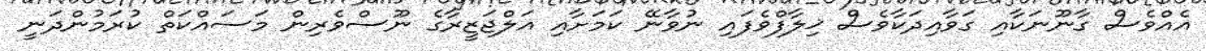
އެއްވެސް ގާނޫނަކާއި ގަވާއިދަކާވެސް ޚިލާފްވެފައި ނުވާނޭ ކަމަށާއި އަލްޖަޒީރާގެ ނޫސްވެރިން މަސައްކަތް ކުރަމުންދަނީ